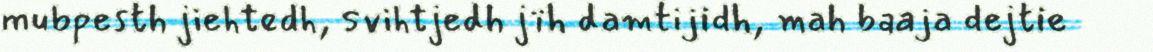
mubpesth jiehtedh, svihtjedh jïh damtijidh, mah baaja dejtie